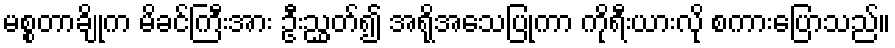
မစ္စတာချိုက မိခင်ကြီးအား ဦးညွှတ်၍ အရိုအသေပြုကာ ကိုရီးယားလို စကားပြောသည်။